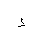
Letter: _thal